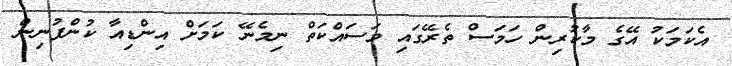
އެކަމަކު އޭގެ މާކުރިން ހަމަސް ތެރޭގައި މަސައްކަތް ނިމެނޭ ކަމަށް އިންޑިއާ ކުންފުނިން